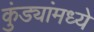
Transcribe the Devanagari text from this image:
कुंड्यांमध्ये